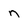
Character: n